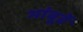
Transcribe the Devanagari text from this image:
भांबूर्डे